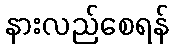
နားလည်စေရန်